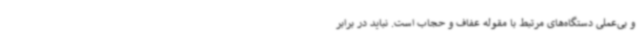
و بی‌عملی دستگاه‌های مرتبط با مقوله عفاف و حجاب است. نباید در برابر